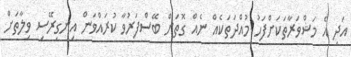
އަދި އެ މަޝްވަރާތަކަށްފަހު މުއްދަތަކެއް ނެއް ގޮތަށް ބޭސްފަރުވާ ކުރައްވަން އިނގިރޭސި ވިލާތަށް